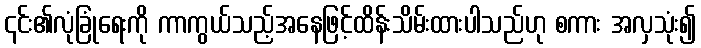
၎င်း၏လုံခြုံရေးကို ကာကွယ်သည့်အနေဖြင့်ထိန်းသိမ်းထားပါသည်ဟု စကား အလှသုံး၍